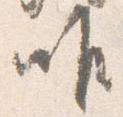
唯